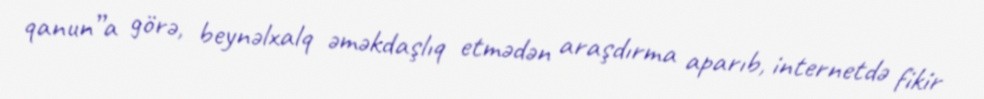
qanun”a görə, beynəlxalq əməkdaşlıq etmədən araşdırma aparıb, internetdə fikir